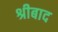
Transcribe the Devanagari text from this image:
श्रीबाद